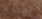
بمغادرة